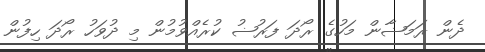
ދެން ރަމަޟާން މަހުގެ ރޯދަ ފަރުޟު ކުރެއްވުމުން މި ދުވަހު ރޯދަ ހިފުން